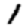
Digit: 1